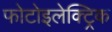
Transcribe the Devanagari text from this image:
फोटोइलेक्ट्रिक